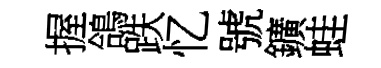
握鴿跌忆號鑛蛙